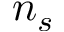
n _ { s }